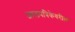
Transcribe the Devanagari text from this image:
जालपत्रिकेवरील